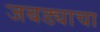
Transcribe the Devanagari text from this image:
जबड्याचा